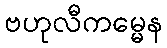
ဗဟုလီကမ္မေန